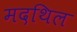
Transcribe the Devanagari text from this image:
मदथिल